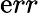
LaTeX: \mathrm{e}rr